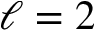
\ell = 2